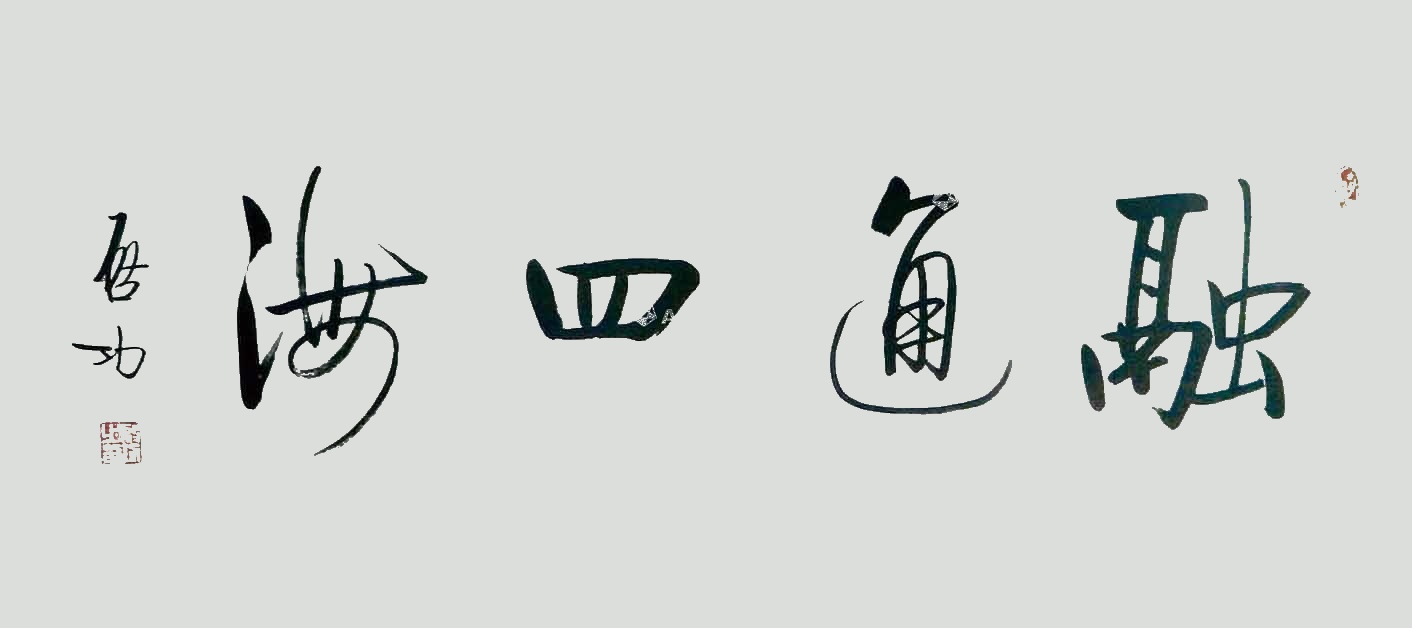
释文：融通四海启功